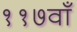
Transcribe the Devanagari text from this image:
११७वाँ